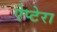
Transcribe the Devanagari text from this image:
ऐप्टेरा